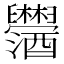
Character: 𫇓